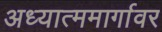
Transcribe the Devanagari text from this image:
अध्यात्ममार्गावर